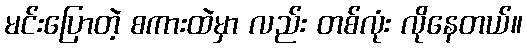
မင်းပြောတဲ့ စကားထဲမှာ လည်း တစ်လုံး လိုနေတယ်။